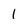
Character: 1